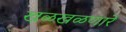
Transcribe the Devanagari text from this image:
खळखळणारे